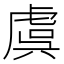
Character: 虞